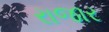
રાજાર